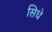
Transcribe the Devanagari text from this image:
सिधे